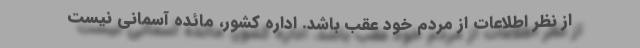
از نظر اطلاعات از مردم خود عقب باشد. اداره کشور، مائده آسمانی نیست